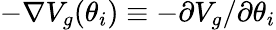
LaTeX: -\nabla V_{g}(\theta_{i})\equiv-\partial V_{g}/\partial\theta_{i}